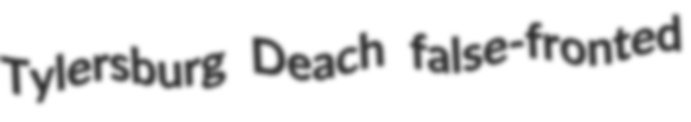
Tylersburg Deach false-fronted